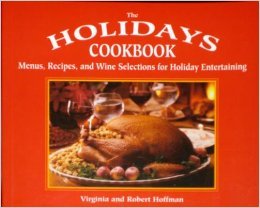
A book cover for The Holidays Cookbook: Menus, Recipes, and Wine Selections for Holiday Entertaining; Virginia Hoffman; Cookbooks, Food & Wine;